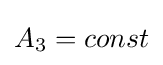
A_{3}=const